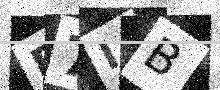
Text: E7IB